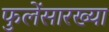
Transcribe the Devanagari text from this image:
फुलेंसारख्या